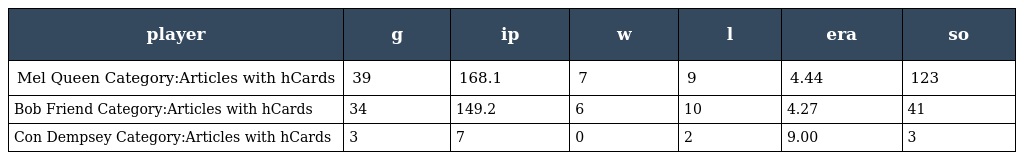
| player | g | ip | w | l | era | so |
 | --- | --- | --- | --- | --- | --- | --- |
 | Mel Queen Category:Articles with hCards | 39 | 168.1 | 7 | 9 | 4.44 | 123 |
 | Bob Friend Category:Articles with hCards | 34 | 149.2 | 6 | 10 | 4.27 | 41 |
 | Con Dempsey Category:Articles with hCards | 3 | 7 | 0 | 2 | 9.00 | 3 |